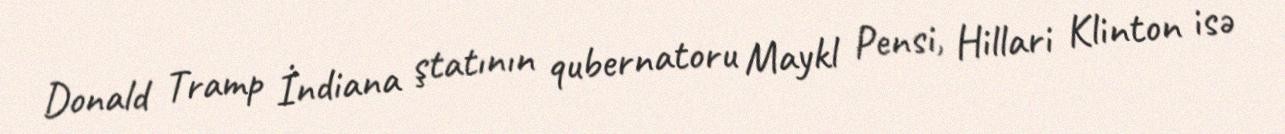
Donald Tramp İndiana ştatının qubernatoru Maykl Pensi, Hillari Klinton isə